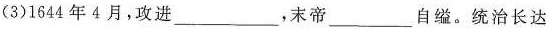
(3)1644年4月，攻进___，末帝___自缢。统治长达